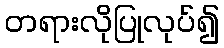
တရားလိုပြုလုပ်၍